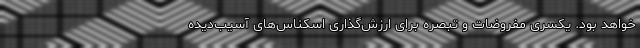
خواهد بود. یکسری مفروضات و تبصره برای ارزش‌گذاری اسکناس‌های آسیب‌دیده